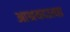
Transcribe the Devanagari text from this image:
आश्रयदात्या